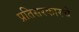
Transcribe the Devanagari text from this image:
प्रतिसरकारचे